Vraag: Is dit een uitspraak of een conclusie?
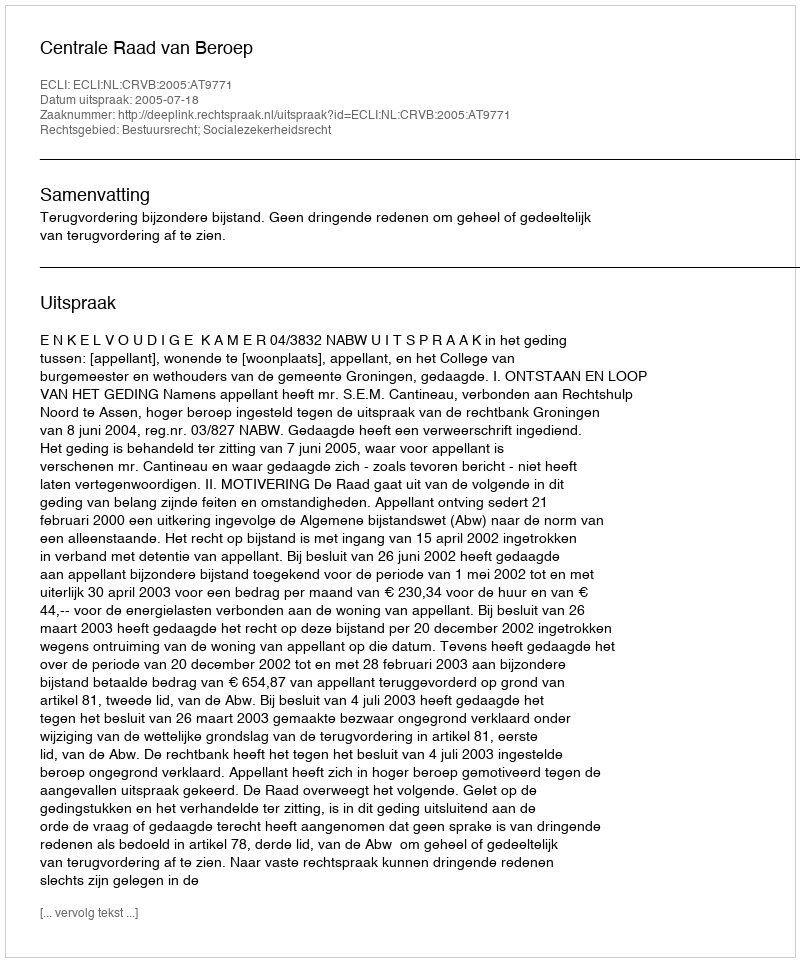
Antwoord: Uitspraak